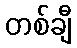
တစ်ချီ